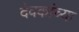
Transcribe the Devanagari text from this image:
देवकांच्या